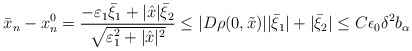
\begin{align*}\bar{x}_n - x_n^0 = \frac{- \varepsilon_1 \bar{\xi}_1 + |\hat{x}| \bar{\xi}_2}{\sqrt{\varepsilon_1^2 + |\hat{x}|^2}} \leq |D \rho (0, \tilde{x})| |\bar{\xi}_1| + |\bar{\xi}_2| \leq C \epsilon_0 \delta^2 b_\alpha\end{align*}